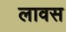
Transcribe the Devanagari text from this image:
लावस